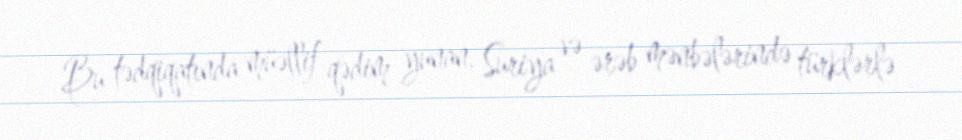
Bu tədqiqatında müəllif qədim yunan, Suriya və ərəb mənbələrində türklərlə